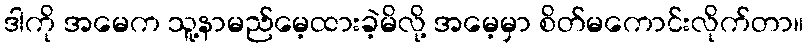
ဒါကို အမေက သူ့နာမည်မေ့ထားခဲ့မိလို့ အမေ့မှာ စိတ်မကောင်းလိုက်တာ။